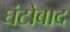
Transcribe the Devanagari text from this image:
घंटोबाद